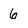
Character: 6